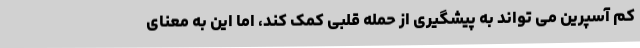
کم آسپرین می تواند به پیشگیری از حمله قلبی کمک کند، اما این به معنای